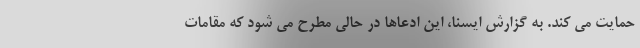
حمایت می کند. به گزارش ایسنا، این ادعاها در حالی مطرح می شود که مقامات